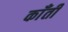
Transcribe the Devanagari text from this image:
काँती